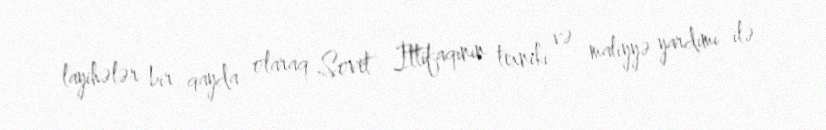
layihələr bir qayda olaraq Sovet İttifaqının texniki və maliyyə yardımı ilə